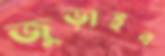
জুড়াইব